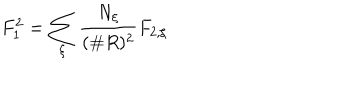
LaTeX: F _ { 1 } ^ { 2 } = \sum _ { \xi } \frac { N _ { \xi } } { ( \# R ) ^ { 2 } } F _ { 2 , \xi }